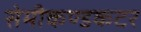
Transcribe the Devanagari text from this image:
सेमीकण्डकटर